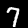
Digit: 7